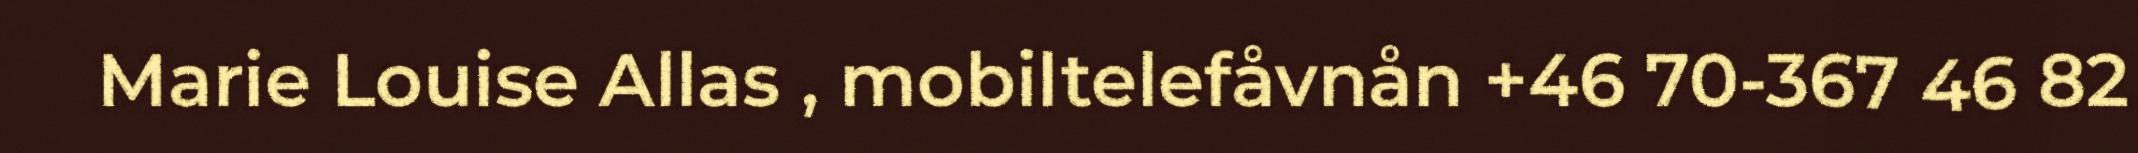
Marie Louise Allas , mobiltelefåvnån +46 70-367 46 82